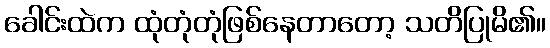
ခေါင်းထဲက ထုံတုံတုံဖြစ်နေတာတော့ သတိပြုမိ၏။